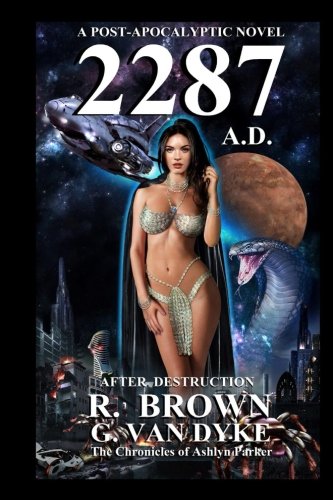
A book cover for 2287 A.D.: A Post-Apocalyptic Novel (After Destruction) (Volume 1); R. Brown; Science Fiction & Fantasy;